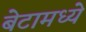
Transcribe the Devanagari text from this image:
बेटामध्ये